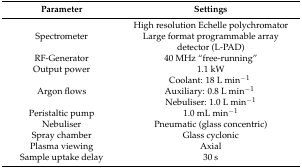
<table><thead><tr><td><b>Parameter</b></td><td><b>Settings</b></td></tr></thead><tbody><tr><td>Spectrometer</td><td>High resolution Echelle polychromatorLarge format programmable array detector (L-PAD) </td></tr><tr><td>RF-Generator</td><td>40 MHz “free-running”</td></tr><tr><td>Output power</td><td>1.1 kW</td></tr><tr><td>Argon flows</td><td>Coolant: 18 L min<sup>−1</sup> Auxiliary: 0.8 L min<sup>−1</sup> Nebuliser: 1.0 L min<sup>−1</sup></td></tr><tr><td>Peristaltic pump</td><td>1.0 mL min<sup>−1</sup></td></tr><tr><td>Nebuliser</td><td>Pneumatic (glass concentric)</td></tr><tr><td>Spray chamber</td><td>Glass cyclonic</td></tr><tr><td>Plasma viewing</td><td>Axial</td></tr><tr><td>Sample uptake delay </td><td>30 s</td></tr></tbody></table>